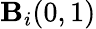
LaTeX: \mathbf{B}_{i}(0,1)